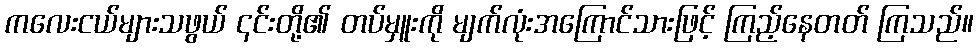
ကလေးငယ်များသဖွယ် ၎င်းတို့၏ တပ်မှူးကို မျက်လုံးအကြောင်သားဖြင့် ကြည့်နေတတ် ကြသည်။